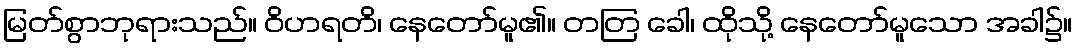
မြတ်စွာဘုရားသည်။ ဝိဟရတိ၊ နေတော်မူ၏။ တတြ ခေါ၊ ထိုသို့ နေတော်မူသော အခါ၌။